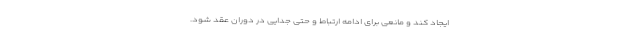
ایجاد کند و مانعی برای ادامه ارتباط و حتی جدایی در دوران عقد شود.